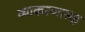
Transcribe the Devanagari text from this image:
व्याकरणासह